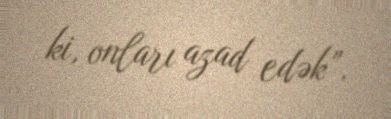
ki, onları azad edək”.